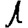
Digit: 1